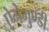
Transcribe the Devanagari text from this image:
ऐनेगुण्डी